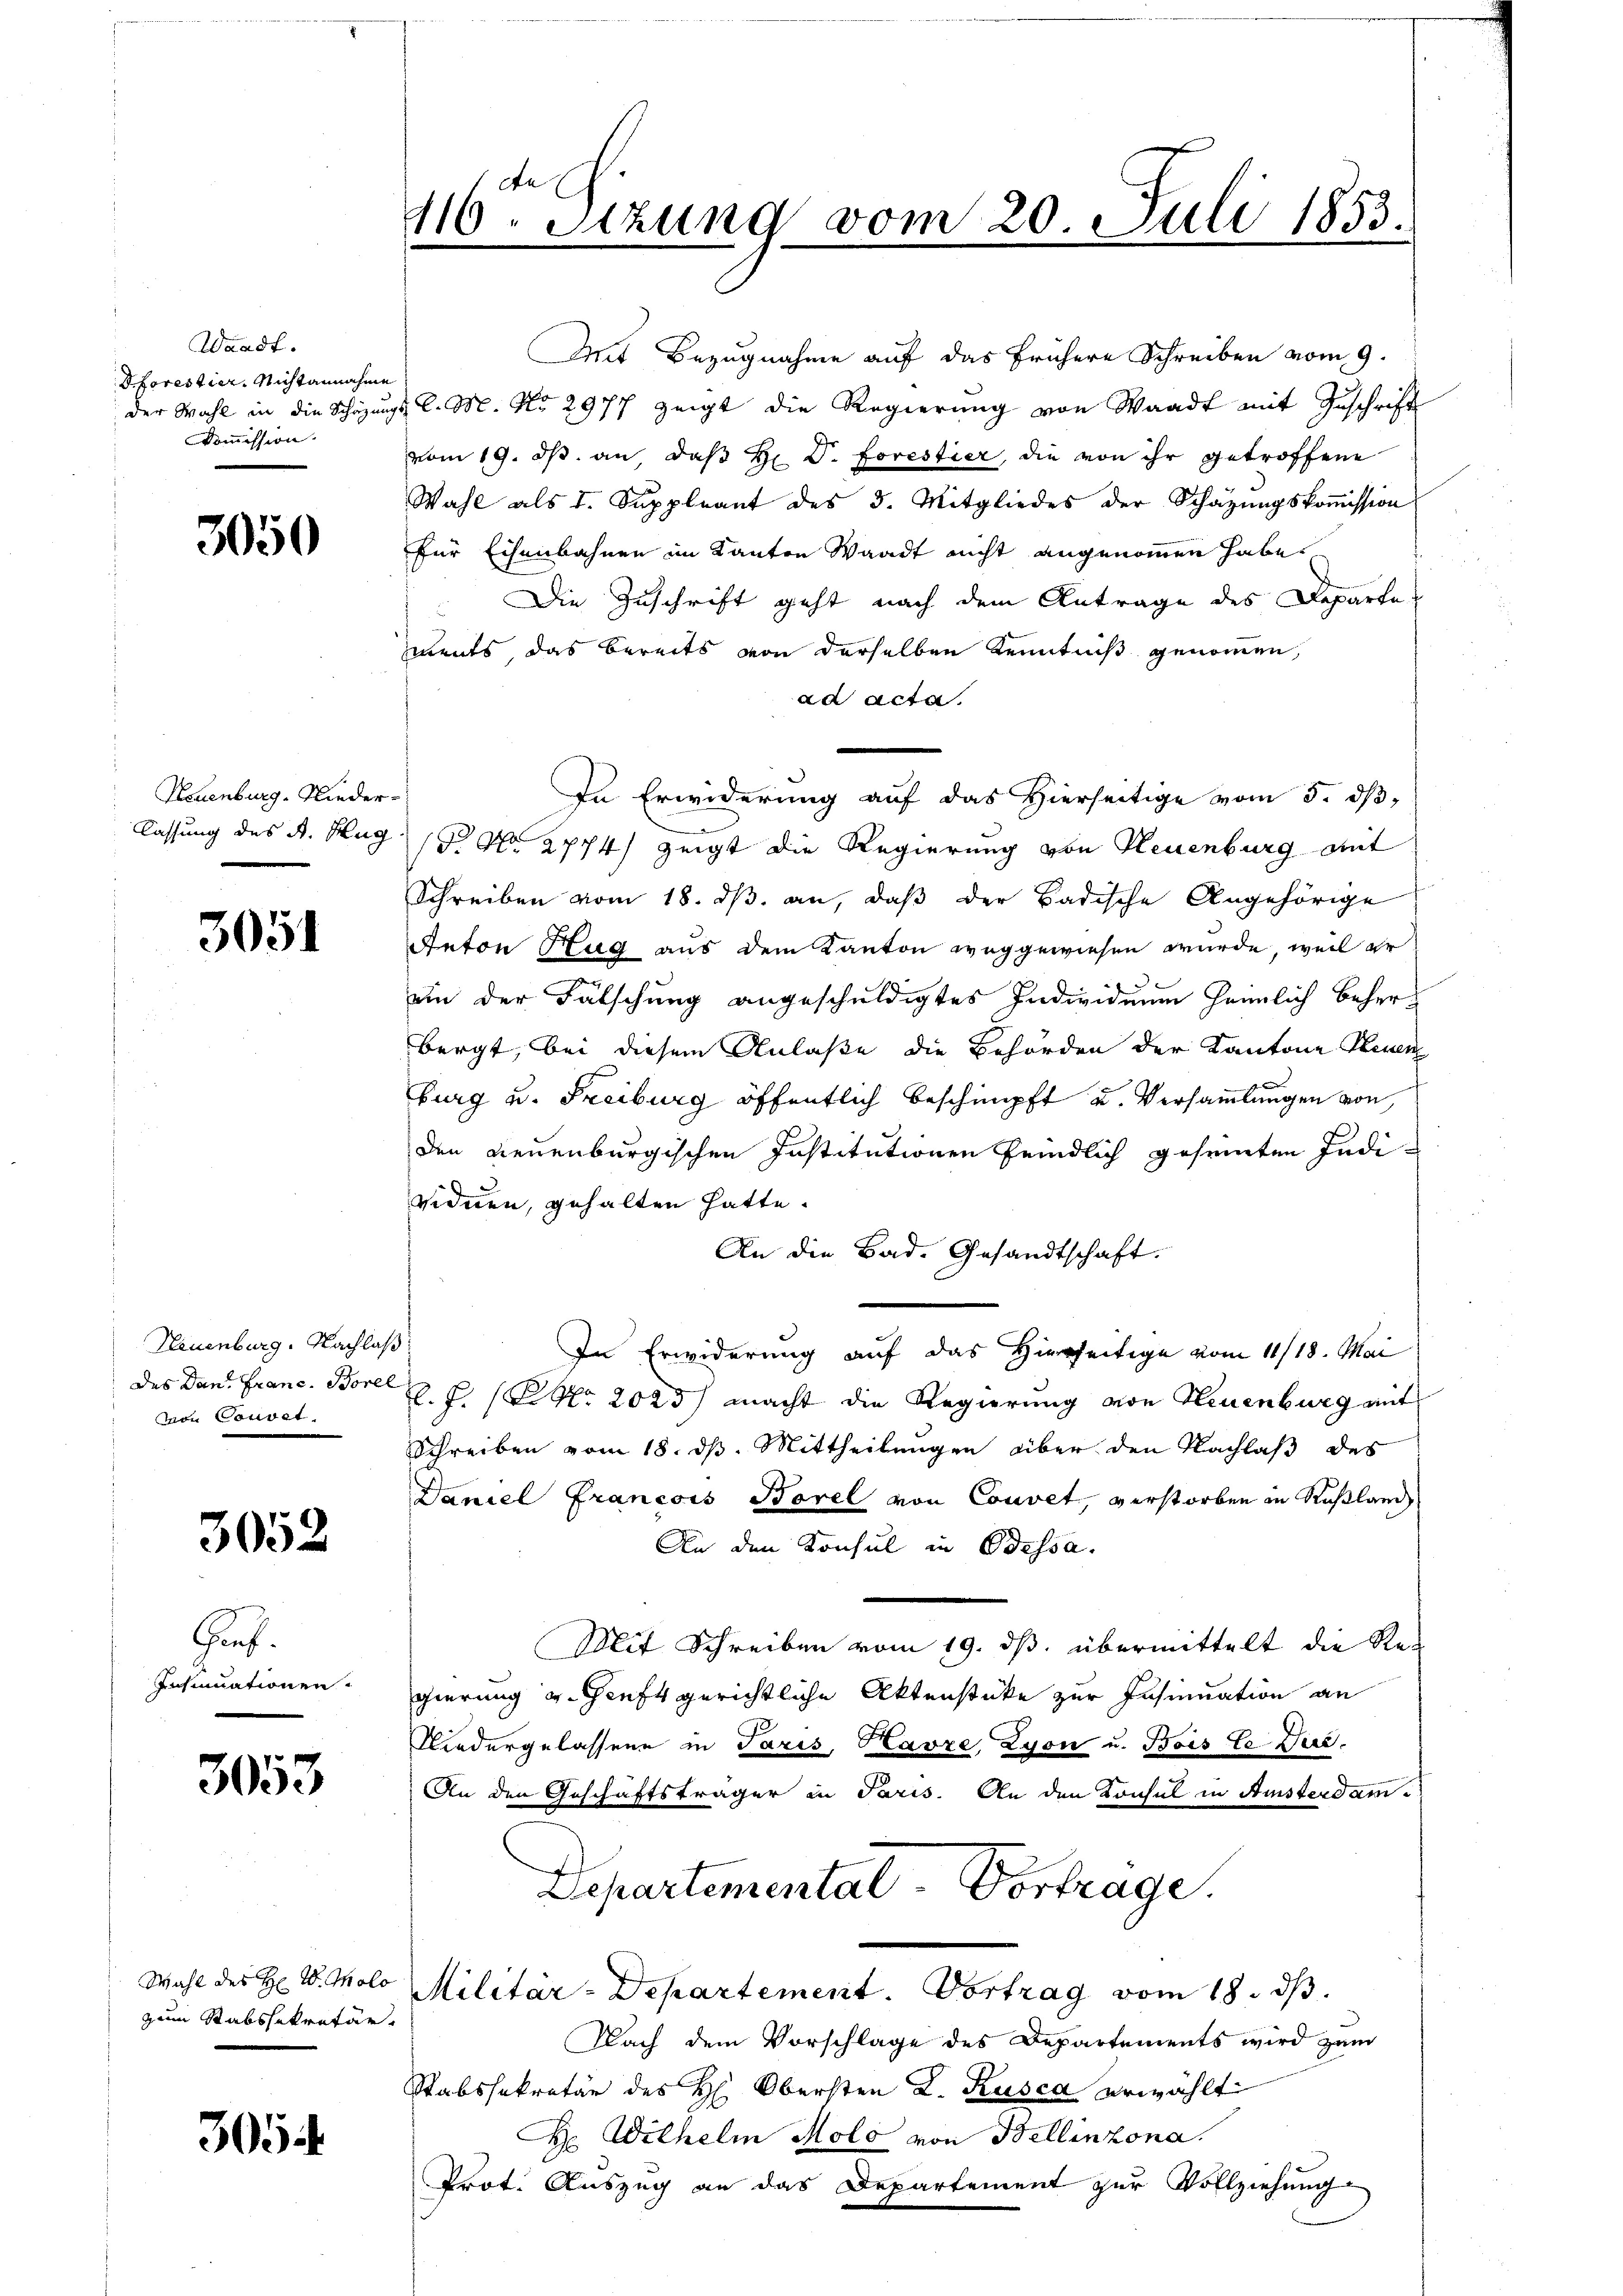
Waadt.
Dforestier. Nichtannahme
Kommission.

3050

Neuenburg, Nieder¬

3051

Neuenburg. Nachlaß
von Convet.

3052

Graf.
Insinuationen.

3053

zum Stabssekretär.

305.

de E
116. Setzung vom 20. Juli 1853.

Mit Bezugnahme auf das frühere Schreiben vom 9.
der Wahl in die Schazungs l. M. No 2977 zeigt die Regierung von Waadt mit Zuschrift
vom 19. ds. an, daß Hr. D. Forestier, die von ihr getroffene
Wahl als 1. Suppleant des 3. Mitgliedes der Schatzŭngskoṁission
für Eisenbahnen im Kanton Waadt nicht angenommen habe.
Die Zuschrift geht nach dem Antrage des Departe
ments, das bereits von derselben Kenntniß genommen,
ad acta.
In Erwiderung auf das Hierseitige vom 5. dß.
lassung des A. Hug (§ No 2774) zeigt die Regierung von Neuenburg mit
Schreiben vom 18. ds. an, daß der Badische Angehörige
Anton Hug aus dem Kanton weggewiesen wurde, weil er
ein der Fälschung angeschuldigtes Individuum heimlich beherbergt, bei diesem Anlaße die Behörden der Kantone Neuen
burg u. Freiburg öffentlich beschimpft u. Versammlungen von
den neuenburgischen Institutionen feindlich geseinten Individuen, gehalten hatte.
An die Bad. Gesandtschaft.
In Erwiderung auf das Hierseitige vom 11/18. Mai
des Dans Franc. Borel Z. Z. (Nr. 2025) macht die Regierung von Neuenburg mit
Schreiben vom 18. ds. Mittheilungen über den Nachlaß des
Daniel Francois Borel von Couvet, verstorben in Rußland
An den Konsul in Odessa.
Mit Schreiben vom 19. ds. übermittelt die Regierung u. Genft gerichtliche Aktenstüke zur Insinuation an
Niedergelassene in Paris, Havre, Lyon u. Bois te Jur.
An den Geschäftsträger in Paris. An den Konsul in Amsterdam¬
Departemental - Vortrage.
Wahl des H. V. Colo Militär-Departement. Vortrag vom 18. ds.
Nach dem Vorschlage des Departements wird zum
Stabssekretär des H: Obersten L. Kusca erwählt
H. Wilhelm Molo von Bellinzona.
Prot. Auszug an das Departement zur Vollziehung